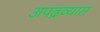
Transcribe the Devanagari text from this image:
अपद्रव्यास